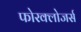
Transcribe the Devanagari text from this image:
फोरक्लोजर्स